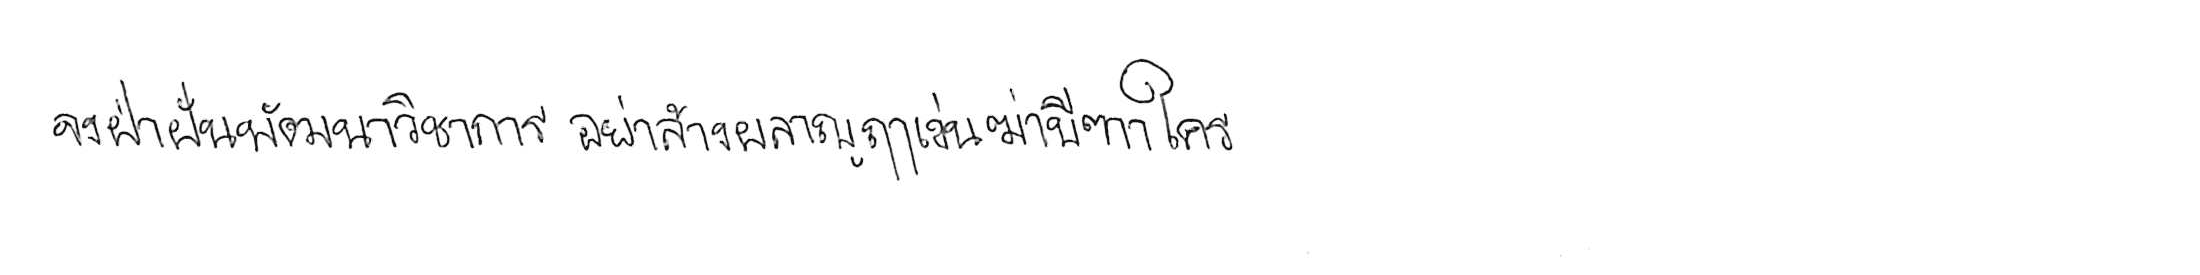
จงฝ่าฟันพัฒนาวิชาการ อย่าล้างผลาญฤๅเข่นฆ่าบีฑาใคร